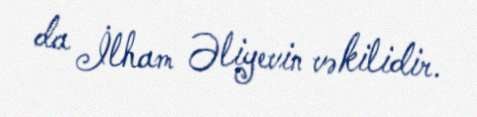
da İlham Əliyevin vəkilidir.